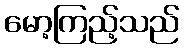
မော့ကြည့်သည်